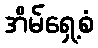
အိမ်ရှေ့စံ